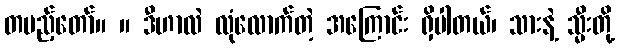
တပည့်တော်။ ။ ဒီဟာလဲ လုံလောက်တဲ့ အကြောင်း ရှိပါတယ်၊ သားနဲ့ သ္မီးတို့